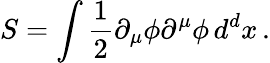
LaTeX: S=\int{\frac{1}{2}}\partial_{\mu}\phi\partial^{\mu}\phi\, d^{d}x\, .